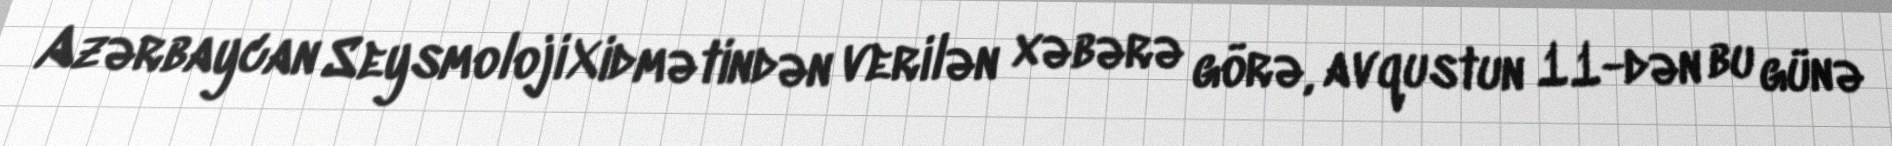
Azərbaycan Seysmoloji Xidmətindən verilən xəbərə görə, avqustun 11-dən bu günə